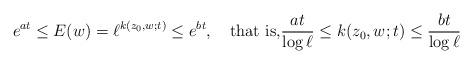
LaTeX: \begin{align*}e^{at}\le E(w)=\ell^{k(z_0,w;t)}\le e^{bt},\quad\mbox{that is,}\frac{at}{\log \ell}\le k(z_0,w;t)\le \frac{bt}{\log \ell}\end{align*}